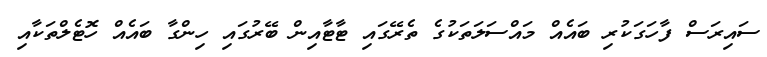
ސައިރަސް ފާހަގަކުރި ބައެއް މައްސަލަތަކުގެ ތެރޭގައި ޓާޓާއިން ބޭރުގައި ހިންގާ ބައެއް ހޮޓެލްތަކާއި